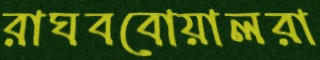
রাঘববোয়ালরা